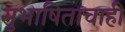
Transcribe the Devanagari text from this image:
सुभाषितांचाही